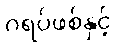
ဂရပ်ဖစ်နှင့်